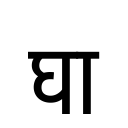
OCR:
घा